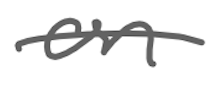
Text: on
Cross-out: single-line
Writing tool: digital_gray